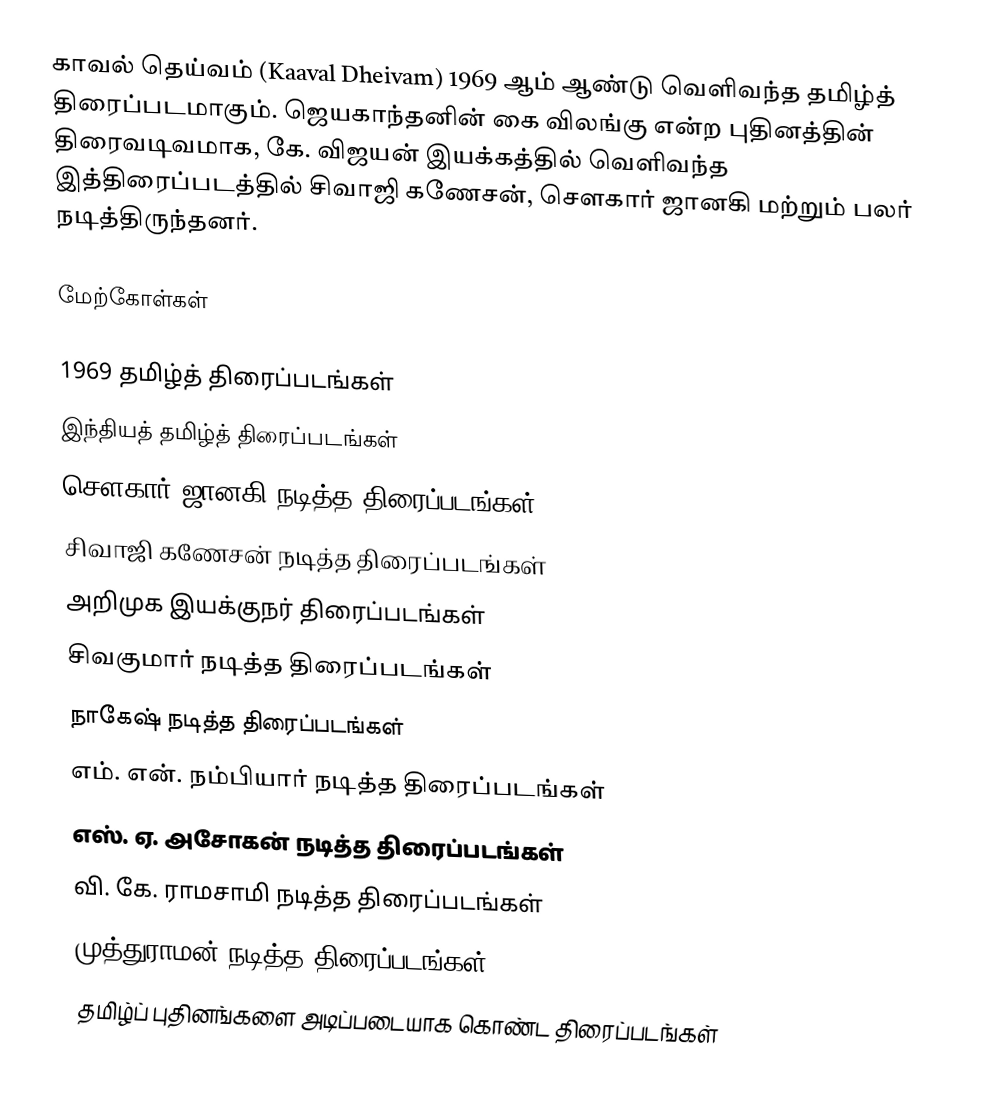
காவல் தெய்வம் (Kaaval Dheivam) 1969 ஆம் ஆண்டு வெளிவந்த தமிழ்த் திரைப்படமாகும். ஜெயகாந்தனின் கை விலங்கு என்ற புதினத்தின் திரைவடிவமாக, கே. விஜயன் இயக்கத்தில் வெளிவந்த இத்திரைப்படத்தில் சிவாஜி கணேசன், சௌகார் ஜானகி மற்றும் பலர் நடித்திருந்தனர்.

மேற்கோள்கள்

1969 தமிழ்த் திரைப்படங்கள்
இந்தியத் தமிழ்த் திரைப்படங்கள்
சௌகார் ஜானகி நடித்த திரைப்படங்கள்
சிவாஜி கணேசன் நடித்த திரைப்படங்கள்
அறிமுக இயக்குநர் திரைப்படங்கள்
சிவகுமார் நடித்த திரைப்படங்கள்
நாகேஷ் நடித்த திரைப்படங்கள்
எம். என். நம்பியார் நடித்த திரைப்படங்கள்
எஸ். ஏ. அசோகன் நடித்த திரைப்படங்கள்
வி. கே. ராமசாமி நடித்த திரைப்படங்கள்
முத்துராமன் நடித்த திரைப்படங்கள்
தமிழ்ப் புதினங்களை அடிப்படையாக கொண்ட திரைப்படங்கள்